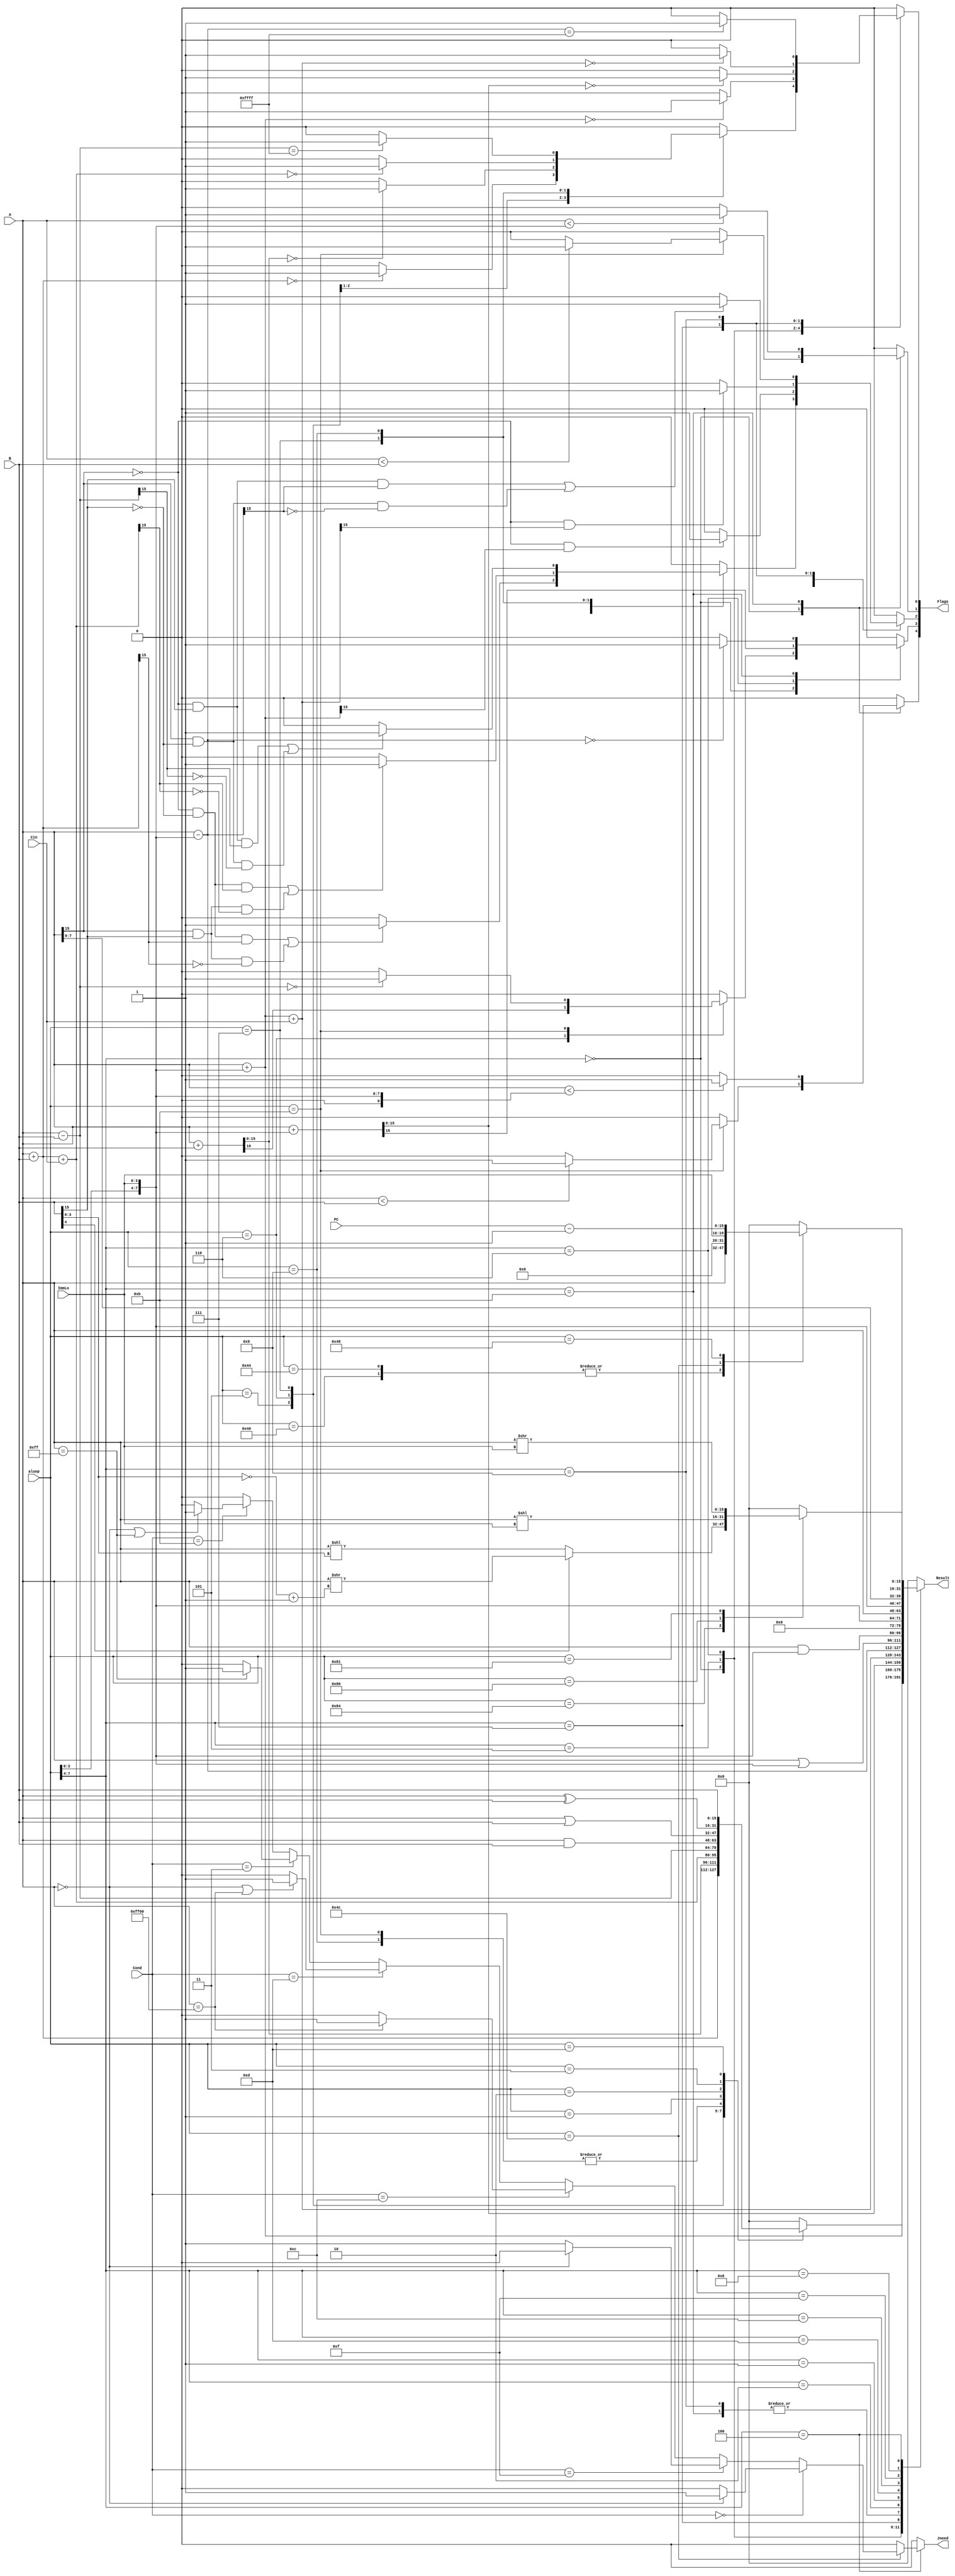

module alu(A, B, Cin, aluop, ImmLo, Flags, Result, PC, Jneed, Cond
	);
	
parameter WIDTH = 16;
input [WIDTH-1:0] A, B, PC;
input [7:0] aluop;
input [3:0] ImmLo, Cond;
input Cin;
output reg [WIDTH-1:0] Result;
output reg [4:0] Flags; //CLFZN
output reg Jneed;

// base line
parameter ADD = 8'b00000101;
parameter ADDU = 8'b00000110;
parameter ADDC = 8'b00000111;
parameter SUB = 8'b00001001;
parameter CMP = 8'b00001011;
parameter AND = 8'b00000001;
parameter OR = 8'b00000010;
parameter XOR = 8'b00000011;
parameter MOV = 8'b00001101;
parameter LOAD = 8'b01000000;
parameter STORE = 8'b01000100;
parameter JCOND = 8'b01001100;
parameter JAL = 8'b01001000;
// addition 
parameter ADDI = 4'b0101;
parameter ADDUI = 4'b0110;
parameter ADDCI = 4'b0111;
parameter SUBI = 4'b1001;
parameter CMPI = 4'b1011;
parameter ORI = 4'b0010;
parameter ANDI = 4'b0001;
parameter MOVI = 4'b1101;
parameter BCOND = 4'b1100;
parameter LUI = 4'b1111;
// additional
parameter LSH = 8'b10000100;
parameter LSHL = 8'b10000000;
parameter LSHR = 8'b10000001;
parameter LDSD = 8'b10000101;
parameter STSD = 8'b10000111;

reg [15:0]Imm;


always @(*)
begin
	Imm = 16'b0000000000000000;
	Flags = 5'b00000;
	Jneed = 0;
	Result = 0;
	// base line
	case (aluop[7:4])
	4'b0000: begin
		case (aluop)
			ADD:
				begin
				// get result
				Result = A + B;			
				// set flags
				if (Result == 16'b0000000000000000) 
					begin
					Flags[0] = 1'b1;
					end
				else 
					begin
					Flags[0] = 1'b0;
					end
				
				if( (~A[15] & ~B[15] & Result[15]) | (A[15] & B[15] & ~Result[15]) ) 
					begin
					Flags[2] = 1'b1;
					end
				else 
					begin
					Flags[2] = 1'b0;
					end
				//Flags[1:0] = 2'b00; Flags[3] = 1'b0;
				//Flags[1] = 1'b0; Flags[3] = 1'b0; Flags[4] = 1'b0;
				end

				
			ADDU:
				begin
				{Flags[3], Result} = A + B;
				if (Result == 16'b0000000000000000) Flags[0] = 1'b1; 
				else Flags[0] = 1'b0;
				//Flags[2:0] = 3'b000;
				//Flags[1] = 1'b0; Flags[2] = 1'b0; Flags[4] = 1'b0;
				end

				
			ADDC:
				begin
				Result = A + B + Cin;
				if (Result == 16'b0000000000000000) 
					begin
					Flags[0] = 1'b1;
					end
				else 
					begin
					Flags[0] = 1'b0;
					end
				
				if( (~A[15] & ~B[15] & Result[15]) | (A[15] & B[15] & ~Result[15]) ) 
					begin
					Flags[2] = 1'b1;
					end
				else 
					begin
					Flags[2] = 1'b0;
					end
				//Flags[1:0] = 2'b00; Flags[3] = 1'b0;
				//	Flags[1] = 1'b0; Flags[3] = 1'b0; Flags[4] = 1'b0;
				end

				
			SUB:
				begin
				Result = A - B;
				if (Result == 16'b1111111111111111) Flags[0] = 1'b1;
				else Flags[0] = 1'b0;
				if( (~A[15] & B[15] & Result[15]) | (A[15] & ~B[15] & ~Result[15]) ) Flags[2] = 1'b1;
				else Flags[2] = 1'b0;
				//Flags[1:0] = 2'b00; Flags[3] = 1'b0;
				//Flags[1] = 1'b0; Flags[3] = 1'b0; Flags[4] = 1'b0;
				end

			// the result will store to the last regster in the regfile	
			// CLFZN
			CMP: begin
				Result = A - B;
				// set Z
				if (Result == 0)
					Flags[3] = 1'b1;
				else
					Flags[3] = 1'b0;
				// set L	
				if (A < B) 
					Flags[1] = 1'b1;
				else
					Flags[1] = 1'b0;
				// set N
				if ($signed(A) < $signed(B))
					Flags[4] = 1'b1;
				else	
					Flags[4] = 1'b0;
			end
			
				
			AND:
				begin
				Result = A & B;
				end
		
			OR:
				begin
				Result = A | B;
				end
			
			XOR:
				begin
				Result = A ^ B;
				end
			
			MOV:
				begin
				Result = B;
				end
				
			default: begin
				Result = 16'b0000000000000000;
			end	
				
		endcase			
		end
		
		ADDI:
			begin
			Imm = {8'b00000000, aluop[3:0], ImmLo};
			Result = A + Imm;
			if (Result == 16'b0000000000000000) 
				begin
				Flags[0] = 1'b1;
				end
			else 
				begin
				Flags[0] = 1'b0;
				end
			
			if( (~A[15] & ~Imm[15] & Result[15]) | (A[15] & Imm[15] & ~Result[15]) ) 
				begin
				Flags[2] = 1'b1;
				end
			else 
				begin
				Flags[2] = 1'b0;
				end
			//Flags[1:0] = 2'b00; Flags[3] = 1'b0;
			//Flags[1] = 1'b0; Flags[3] = 1'b0; Flags[4] = 1'b0;
			end
		
		ADDUI:
			begin
			Imm = {8'b00000000, aluop[3:0], ImmLo};
			{Flags[3], Result} = A + Imm;
			if (Result == 16'b0000000000000000) Flags[0] = 1'b1; 
			else Flags[0] = 1'b0;
			//Flags[2:0] = 3'b000;
			//Flags[1] = 1'b0; Flags[3] = 1'b0; Flags[4] = 1'b0;
			end

		
		ADDCI:
			begin
			Imm = {8'b00000000, aluop[3:0], ImmLo};
			Result = A + Imm + Cin;
			if (Result == 16'b0000000000000000) 
				begin
				Flags[0] = 1'b1;
				end
			else 
				begin
				Flags[0] = 1'b0;
				end
			
			if( (~A[15] & ~Imm[15] & Result[15]) | (A[15] & Imm[15] & ~Result[15]) ) 
				begin
				Flags[2] = 1'b1;
				end
			else 
				begin
				Flags[2] = 1'b0;
				end
			//Flags[1:0] = 2'b00; Flags[3] = 1'b0;
			//Flags[1] = 1'b0; Flags[3] = 1'b0; Flags[4] = 1'b0;
			end
		
		

		SUBI:
			begin
			Imm = {8'b00000000, aluop[3:0], ImmLo};
			Result = A - Imm;
			if (Result == 16'b1111111111111111) Flags[0] = 1'b1;
			else Flags[0] = 1'b0;
			if( (~A[15] & B[15] & Result[15]) | (A[15] & ~B[15] & ~Result[15]) ) Flags[2] = 1'b1;
			else Flags[2] = 1'b0;
			//Flags[1:0] = 2'b00; Flags[3] = 1'b0;
			//Flags[1] = 1'b0; Flags[3] = 1'b0; Flags[4] = 1'b0;
			end
		
		

		CMPI:
			begin
			Imm = {8'b00000000, aluop[3:0], ImmLo};
			Result = A - Imm;
			// set Z
			if (Result == 0)
				Flags[3] = 1'b1;
			else
				Flags[3] = 1'b0;
			// set L	
			if (A < Imm)
				Flags[1] = 1'b1;
			else
				Flags[1] = 1'b0;
			// set N
			if ($signed(A) < $signed(Imm))
				Flags[4] = 1'b1;
			else	
				Flags[4] = 1'b0;
			end
		ORI:
			begin
			Imm = {8'b00000000, aluop[3:0], ImmLo};
			Result = A | Imm;
			end
		ANDI:
			begin
			Imm = {8'b00000000, aluop[3:0], ImmLo};
			Result = A & Imm;
			end			
		MOVI:
			begin
			Imm = {8'b00000000, aluop[3:0], ImmLo};
			Result = Imm;
			end
		
	   // A comes from the last regster in the regfile	
		// Result stores to second last regster
		BCOND:
			begin
			Result = A;				
			end
			
		LUI:
			begin
			Result = {aluop[3:0], ImmLo, A[7:0]};
			end
			
			
		4'b1000: begin
			case(aluop)	
			LSH: 
				begin
				if (B[4] == 0)
					Result = A << B[3:0];
				else
					Result = A >> (~B[3:0] + 4'b0001);
				end
				
			LSHL:
				begin
				Result = A << ImmLo;
				end
			LSHR:
				begin
				Result = A >> ImmLo;
				end
				
			LDSD:
				begin
				end
				
			STSD:
				begin
				end
			default:
				begin
				end
				
			endcase
		end
		
		
		4'b0100: begin
		case(aluop)
			
		LOAD:
			begin
			Result = A;			
			end
			
		STORE:
			begin
			Result = A;
			end
			
		JCOND:
			begin
			Result = {12'b000000000000, ImmLo};
				// when equal
				if (Cond == 4'b0000) begin
					if (A == 16'b0000000000000000) Jneed = 1;
					else Jneed = 0;
				end
				
				// when not equal
				else if (Cond == 4'b1111) begin
					if (A == 16'b0000000000000000) Jneed = 0;
					else Jneed = 1;
				end
				
				// when >
				else if (Cond == 4'b1100) begin
					if (A == 16'b1111111100000000) Jneed = 1;
					else Jneed = 0;
				end
				
				
				// when >=
				else if (Cond == 4'b1101) begin
					if (A == 16'b0000000000000000 | A == 16'b1111111100000000) Jneed = 1;
					else Jneed = 0;
				end
				
				// when <
				else if (Cond == 4'b0011) begin
					if (A == 16'b0000000011111111) Jneed = 1;
					else Jneed = 0;
				end
				
				// when <=
				else if (Cond == 4'b1011) begin
					if (A == 16'b0000000000000000 | A == 16'b0000000011111111) Jneed = 1;
					else Jneed = 0;
				end	
				
			end
			
		JAL:
			begin
			Result = PC - 16'b0000000000000001;
			//Jneed = 1;
			end
		
		default:
			begin
			
			end
		
		endcase
		end
		
		default: 
			begin
			Result = 16'b0000000000000000;
			Flags = 5'b00000;
			end		
	endcase
	
	
	
end

endmodule